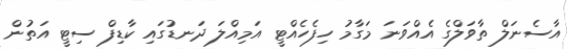
އާސެނަލް ތާވަލްގެ އެއްވަނަ މަގާމު ހިފެހެއްޓީ އަމިއްލަ ދަނޑުގައި ކާޑިފް ސިޓީ އަތުން